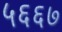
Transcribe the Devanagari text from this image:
५६६७